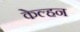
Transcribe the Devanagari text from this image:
केल्हन